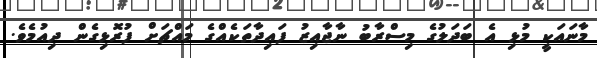
މާނައަކީ މުޅި އެ ބަދަލުގެ މިސްރާބު ނާޖާއިޒު ފައިދާތަކެއްގެ މައްޗަށް ފުރޮޅިގެން ދިއުމެވެ.